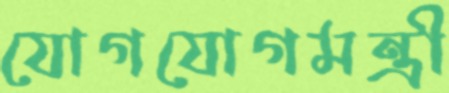
যোগযোগমন্ত্রী